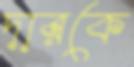
দারকে